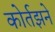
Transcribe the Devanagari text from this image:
कोर्तझने